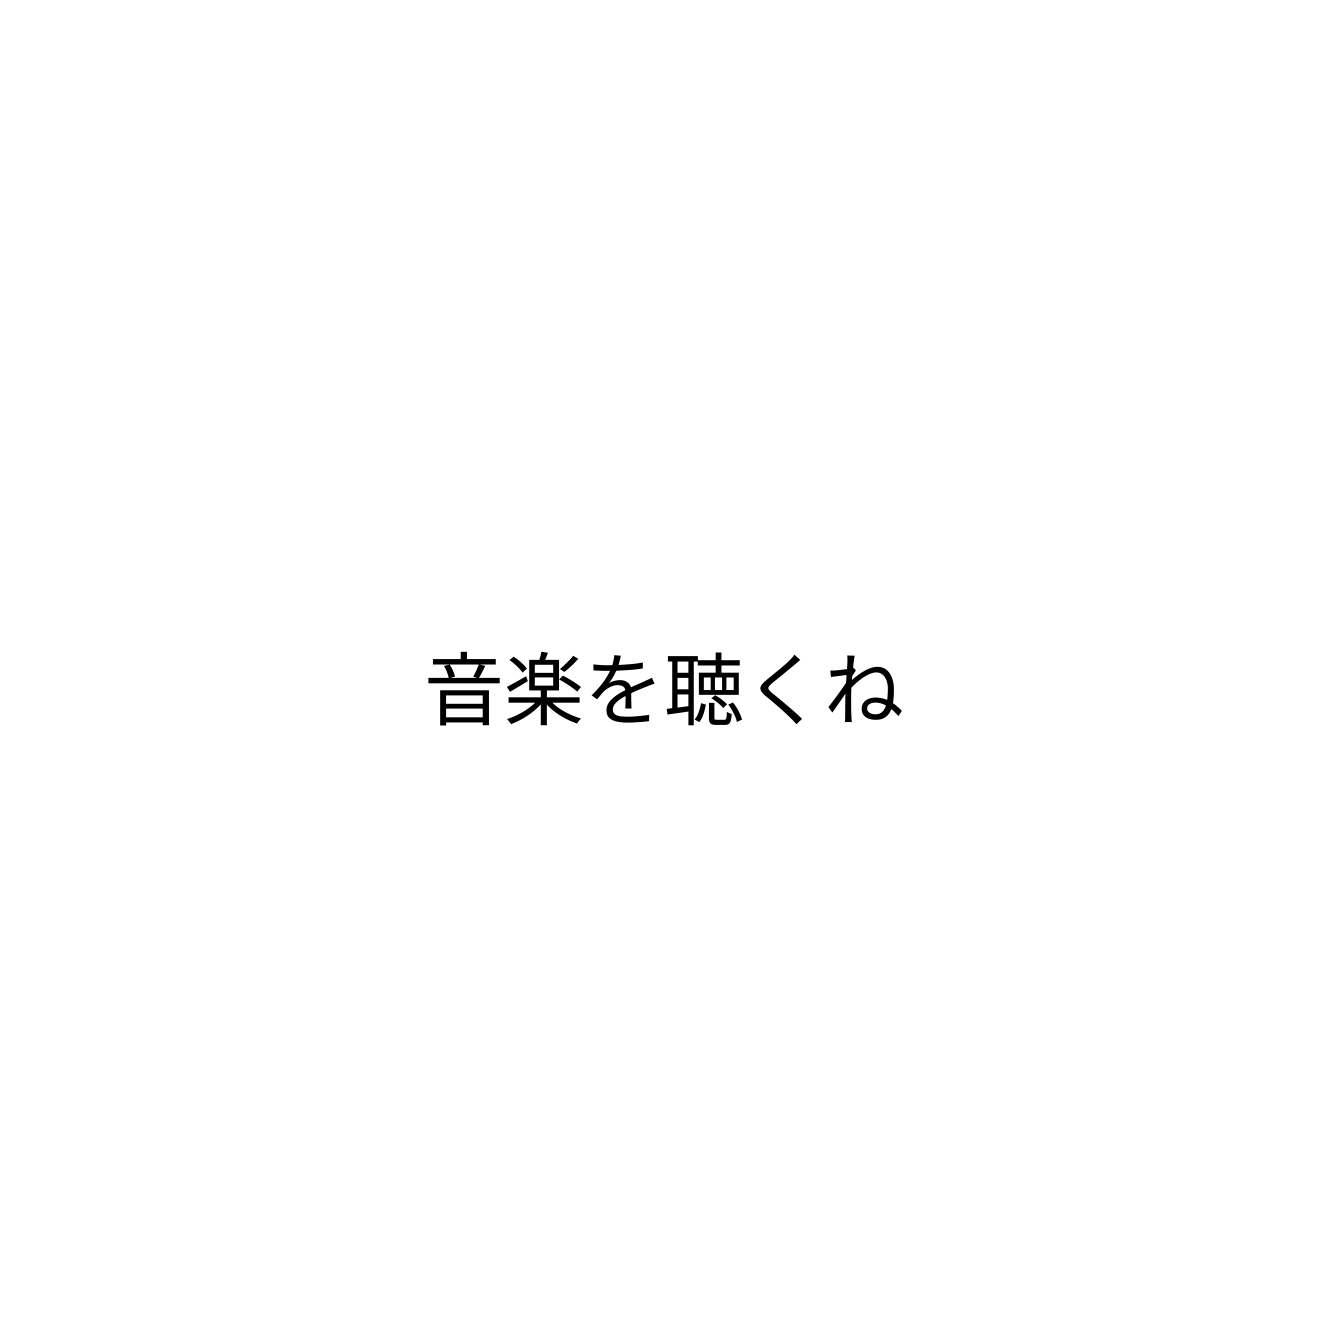
音楽を聴くね